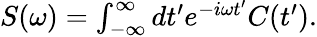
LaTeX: \begin{array}{r}{S(\omega)=\int_{-\infty}^{\infty}dt^{\prime}e^{-i\omega t^{\prime}}C(t^{\prime}).}\end{array}